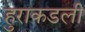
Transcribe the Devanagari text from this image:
हुराकडली